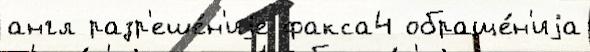
англ разр'еше́н'иjе факса4 обраще́н'иjа